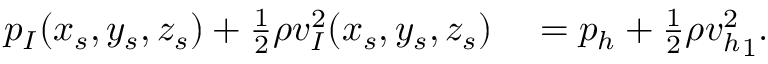
\begin{array} { r l } { p _ { I } ( x _ { s } , y _ { s } , z _ { s } ) + \frac { 1 } { 2 } \rho { v _ { I } ^ { 2 } } ( x _ { s } , y _ { s } , z _ { s } ) } & { { } = { } p _ { h } + \frac { 1 } { 2 } \rho { v _ { h } ^ { 2 } } _ { 1 } . } \end{array}